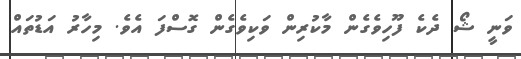
ވަނީ ޝޯ ދެކެ ފޫހިވެގެން މާކުރިން ވަކިވެގެން ގޮސްފަ އެވެ. މިހާރު އަޑުތައް